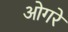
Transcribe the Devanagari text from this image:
ओगरे